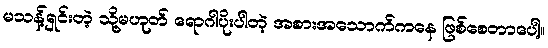
မသန့်ရှင်းတဲ့ သို့မဟုတ် ရောဂါပိုးပါတဲ့ အစားအသောက်ကနေ ဖြစ်စေတာပေါ့။